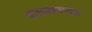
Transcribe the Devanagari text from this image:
शाकल्यमल्ल